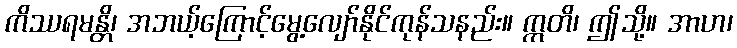
ကိဿရမန္တိ၊ အဘယ့်ကြောင့်မွေ့လျော်နိုင်ကုန်သနည်း။ ဣတိ၊ ဤသို့။ အာဟ၊